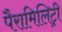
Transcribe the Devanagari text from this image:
पैरामिलिट्री